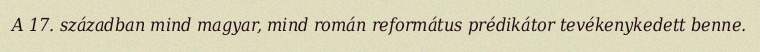
A 17. században mind magyar, mind román református prédikátor tevékenykedett benne.